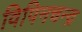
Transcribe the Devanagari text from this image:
विपिनचन्द्र